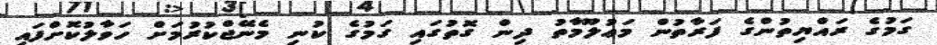
ގަމުގެ ރައްޔިތުންގެ ފަރާތުން މަޢުލޫމާތު ދިން ގޮތުގައި ގަމުގެ ކުނި މެނޭޖްކުރުމަށް ހަވާލުކޮށްފައި